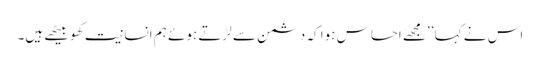
اس نے کہا ’’مجھے احساس ہوا کہ دشمن سے لڑتے ہوئے ہم انسانیت کھو بیٹھے ہیں۔